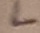
Text: L